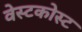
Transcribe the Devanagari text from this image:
वेस्टकोस्ट